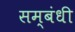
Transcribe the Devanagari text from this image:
सम्‍बंधी